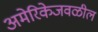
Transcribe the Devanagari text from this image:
अमेरिकेजवळील